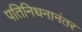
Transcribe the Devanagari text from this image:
पतिनिधनानंतर